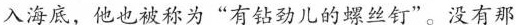
入海底，他也被称为”有钻劲儿的螺丝钉”。没有那